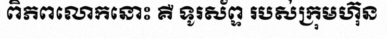
ពិភពលោកនោះ គឺ ទូរស័ព្ទ របស់ក្រុមហ៊ុន